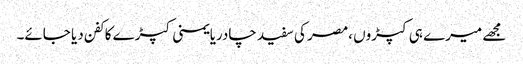
مجھے میرے ہی کپڑوں ،مصر کی سفید چادریایمنی کپڑے کا کفن دیا جائے۔